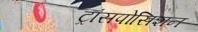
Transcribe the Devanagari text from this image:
ट्रांसपोसिशन